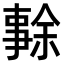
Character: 𠄜